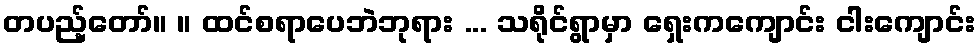
တပည့်တော်။ ။ ထင်စရာပေဘဲဘုရား ... သရိုင်ရွာမှာ ရှေးကကျောင်း ငါးကျောင်း